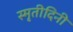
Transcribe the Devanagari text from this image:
स्मृतीदिनी